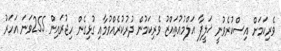
ވެރިކަމަށް އިސްކުރެވުނީ ޚަލީފާ އަލްމުޢުތައްޒު ވެރިކަމުން ދުރުކުރެއްވުމާއި ގުޅިގެން ހިޖުރައިން 255ވަނަ އަހަރު